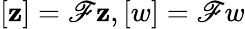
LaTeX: [\mathbf{z}]=\mathscr{{F}}\mathbf{z},[w]=\mathscr{{F}}w